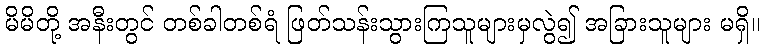
မိမိတို့ အနီးတွင် တစ်ခါတစ်ရံ ဖြတ်သန်းသွားကြသူများမှလွဲ၍ အခြားသူများ မရှိ။